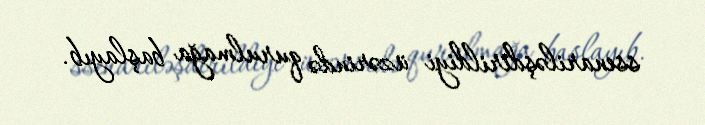
ssenariləşdirildiyi üzərində qurulmağa başlayıb.